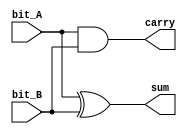
`timescale 1ns / 1ps

module half_adder_structural (
    output sum,
    output carry,
    input  bit_A,
    input  bit_B
);
  
    xor(sum, bit_A, bit_B);
    and(carry, bit_A, bit_B);

endmodule